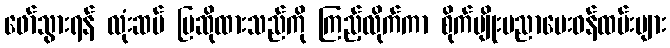
ဖော်သွားရန် လုံးဆမ် ပြဆိုထားသည်ကို ကြည့်လိုက်ကာ စိုက်ပျိုးပညာပေးဝန်ထမ်းများ